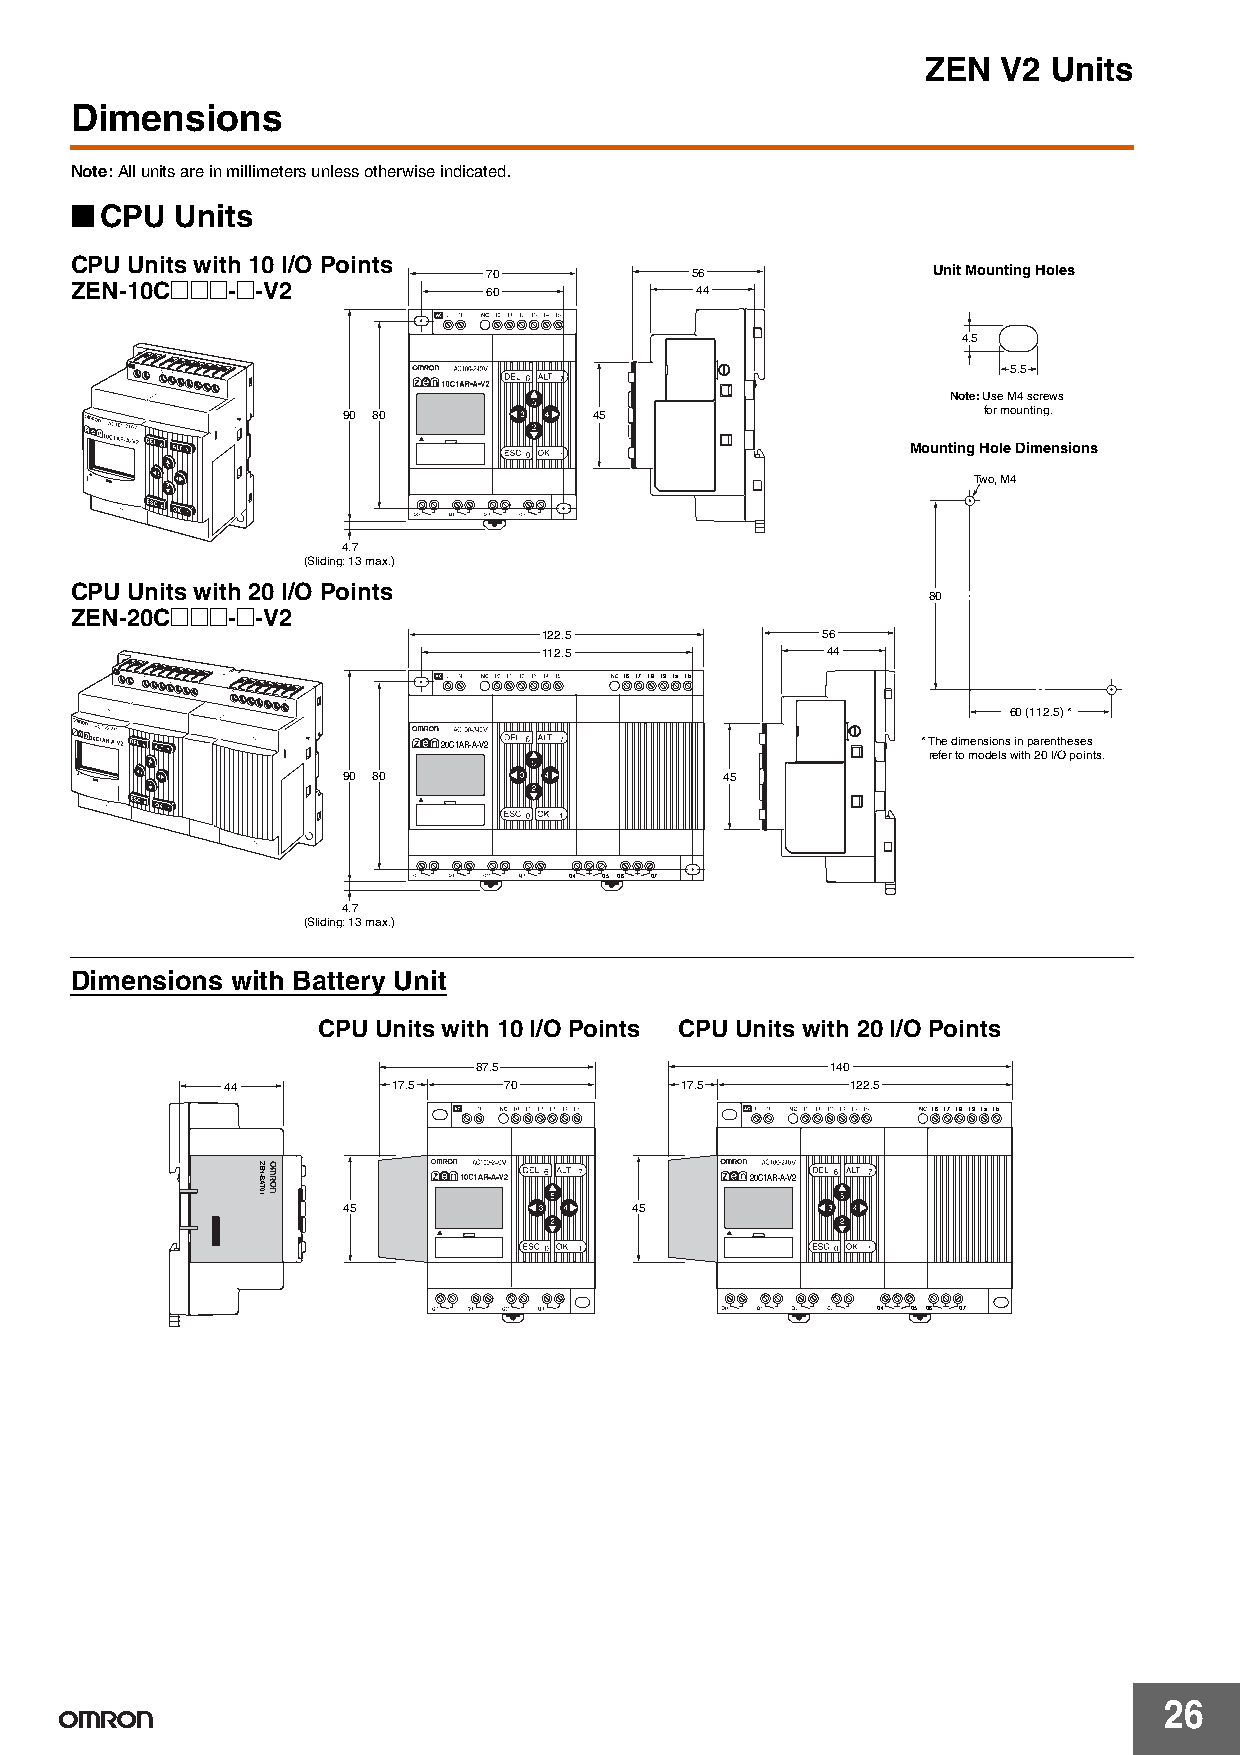
ZEN  V2  Units
 Dimensions
 Note:All units are in millimeters unless otherwise indicated.
 ■
 CPU  Units
 CPU Units with 10 I/O Points
 70            56              Unit Mounting Holes
 ZEN-10C@@@-@-V2            60            44
 4.5
 5.5
 Note: Use M4 screws
 90 80           45                        for mounting.
 Mounting Hole Dimensions
 Two, M4
 4.7
 (Sliding: 13 max.)
 CPU Units with 20 I/O Points
 80
 ZEN-20C@@@-@-V2
 122.5             56
 112.5              44
 I 6I 7 I 8 I 9I a I b
 60 (112.5) *
 20C1AR-A-V2                     * The dimensions in parentheses
 refer to models with 20 I/O points.
 90 80                    45
 Q4 Q5 Q6 Q7
 4.7
 (Sliding: 13 max.)
 Dimensions with Battery Unit
 CPU Units with 10 I/O Points CPU Units with 20 I/O Points
 87.5                    140
 44         17.5   70          17.5       122.5
 I 6I 7 I 8 I 9I a I b
 20C1AR-A-V2
 45                 45
 Q4 Q5 Q6 Q7
 26
 ZEN-BAT01